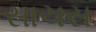
સાચસ